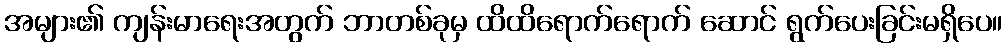
အများ၏ ကျန်းမာရေးအတွက် ဘာတစ်ခုမှ ထိထိရောက်ရောက် ဆောင် ရွက်ပေးခြင်းမရှိပေ။